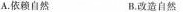
C. 征服自然 D. 善待自然